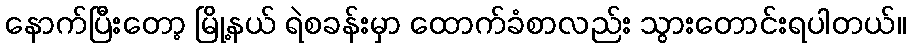
နောက်ပြီးတော့ မြို့နယ် ရဲစခန်းမှာ ထောက်ခံစာလည်း သွားတောင်းရပါတယ်။